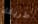
طريقك